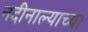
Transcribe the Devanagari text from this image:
नदीनाल्याच्या